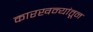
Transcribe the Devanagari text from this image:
कारखन्यांतून